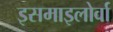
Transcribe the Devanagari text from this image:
इसमाइलोर्वा